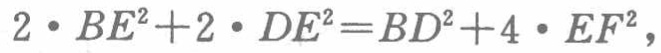
\(2\cdot BE^{2}+2\cdot DE^{2}=BD^{2}+4\cdot EF^{2}\)